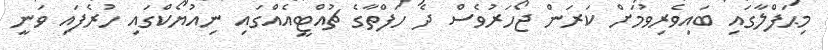
މިޙަފްލާގައި ބައިވެރިވުމަށް ކަރަން ޖޯހަރުވެސް ދެ ހަފްތާގެ ޗުއްޓީއެއްގައި ނިއުޔޯކްގައި ހުރެފައި ވަނީ